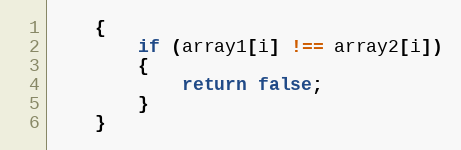
Language: JavaScript
    {
        if (array1[i] !== array2[i])
        {
            return false;
        }
    }